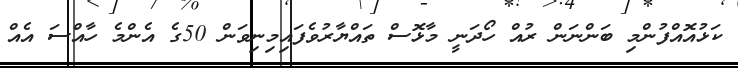
ކަޅުއޮއްފުންމި ބަންނަން ރުއް ހޯދަނީ މާޅޮސް ތައްޔާރުވެފައިމިނިވަން 50ގެ އެންމެ ހާއްސަ އެއް